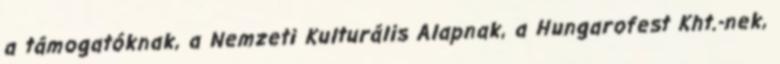
a támogatóknak, a Nemzeti Kulturális Alapnak, a Hungarofest Kht.-nek,